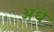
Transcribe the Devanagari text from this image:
अधे